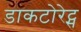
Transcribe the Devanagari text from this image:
डाकटोरेट्स